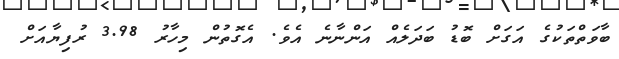
ބާވަތްތަކުގެ އަގަށް ބޮޑު ބަދަލެއް އަންނާނެ އެެވެ. އެގޮތުން މިހާރު 3.98 ރުފިޔާއަށް